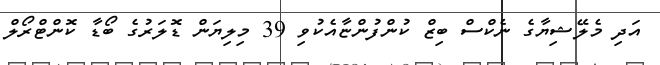
އަދި މެލޭޝިޔާގެ ނެކްސް ބިޒް ކުންފުންޏާއެކުވި 39 މިލިޔަން ޑޮލަރުގެ ބޯޑާ ކޮންޓްރޯލް